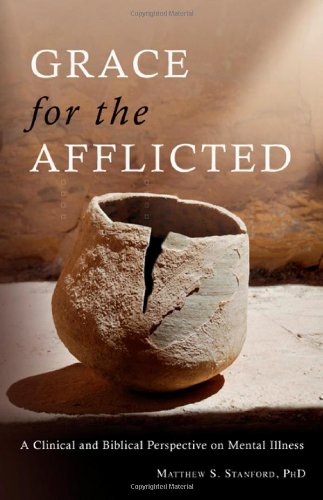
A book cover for Grace for the Afflicted: A Clinical and Biblical Perspective on Mental Illness; Matthew S. Stanford; Health, Fitness & Dieting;